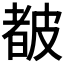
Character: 𥀁